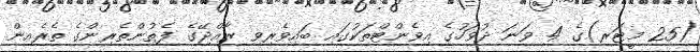
(25 މީޓަރ)ގެ 4 ވަނަ ދުވަހުގެ އިވެންޓްތަކުގައި ބައިވެރިވި ރާއްޖޭގެ ފެތުންތެރިންގެ ތެރެއިން